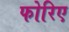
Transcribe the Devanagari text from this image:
फोरिए